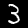
Digit: 3